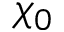
\chi _ { 0 }